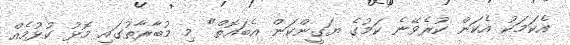
އެކަމަކު އެކަން ކުރެވޭނެ ކަމުގެ ޔަގީންކަން އެބައޮތް" މި މުބާރާތުގައި މޮޅު ކުޅުމެއް